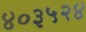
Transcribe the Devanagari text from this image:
४०३५२४